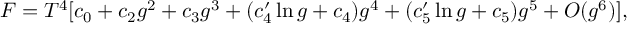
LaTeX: F = T ^ { 4 } [ c _ { 0 } + c _ { 2 } g ^ { 2 } + c _ { 3 } g ^ { 3 } + ( c _ { 4 } ^ { \prime } \ln g + c _ { 4 } ) g ^ { 4 } + ( c _ { 5 } ^ { \prime } \ln g + c _ { 5 } ) g ^ { 5 } + O ( g ^ { 6 } ) ] ,